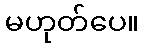
မဟုတ်ပေ။